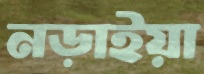
নড়াইয়া